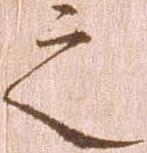
之